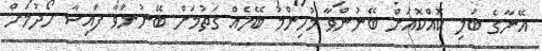
އޭނާގެ ބަލި ކޮއްކޮއަށް ބޭނުންވާ މުހިންމު ބޭހެއް ގަތުމަށް ބޭނުންވާ ފައިސާ ހޯދުމަށް